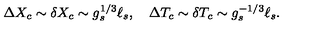
\Delta X _ { c } \sim \delta X _ { c } \sim g _ { s } ^ { 1 / 3 } \ell _ { s } , \quad \Delta T _ { c } \sim \delta T _ { c } \sim g _ { s } ^ { - 1 / 3 } \ell _ { s } .